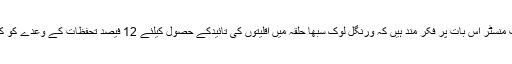
بتایا جاتاہے کہ چیف منسٹر اس بات پر فکر مند ہیں کہ ورنگل لوک سبھا حلقہ میں اقلیتوں کی تائیدکے حصول کیلئے 12 فیصد تحفظات کے وعدے کو کس طرح نمٹا جائے۔